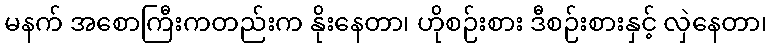
မနက် အစောကြီးကတည်းက နိုးနေတာ၊ ဟိုစဉ်းစား ဒီစဉ်းစားနှင့် လှဲနေတာ၊